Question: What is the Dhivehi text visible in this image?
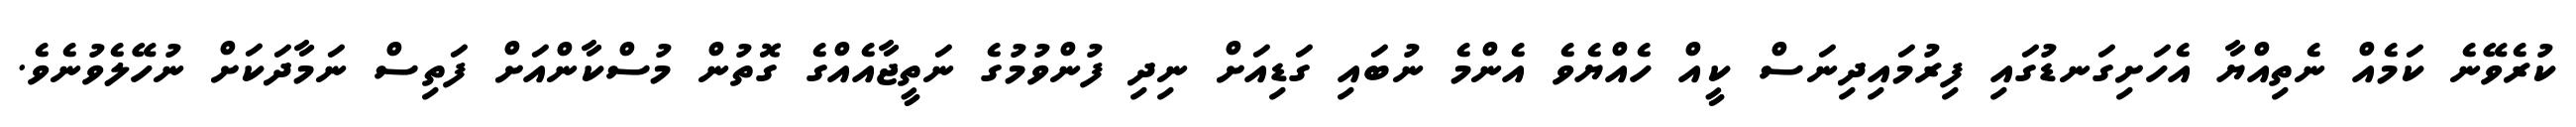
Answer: ކުރެވޭނެ ކަމެއް ނެތިއްޔާ އެހަށިގަނޑުގައި ފިރުމައިދިނަސް ކީއް ހެއްޔެވެ އެންމެ ނުބައި ގަޑިއަށް ނިދި ފުންވުމުގެ ނަތީޖާއެއްގެ ގޮތުން މުސްކާންއަށް ފަތިސް ނަމާދަކަށް ނުހޭލެވުނެވެ.